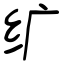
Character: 纩